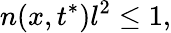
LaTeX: n(x,t^{*})l^{2}\leq 1,